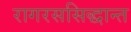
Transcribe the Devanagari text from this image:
रागरससिद्धान्त